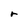
Character: r